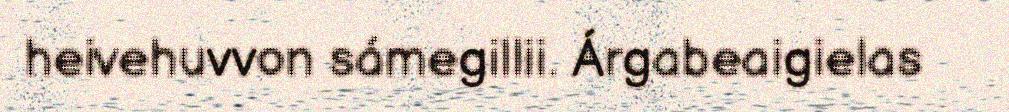
heivehuvvon sámegillii. Árgabeaigielas